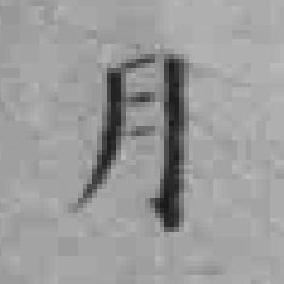
月